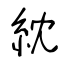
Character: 紞